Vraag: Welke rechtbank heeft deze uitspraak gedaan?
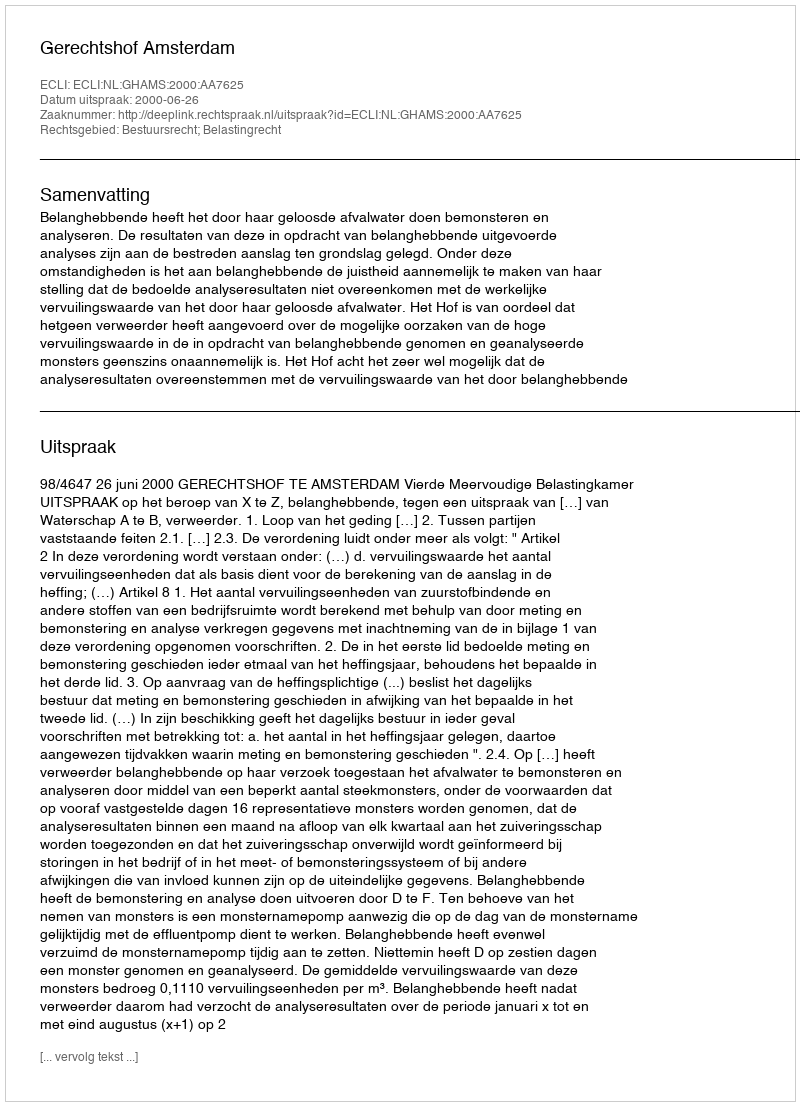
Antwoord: Gerechtshof Amsterdam